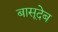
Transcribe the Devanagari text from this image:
बासूदेब